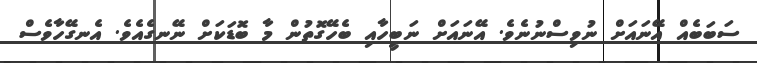
ސަބަބެއް އޭނައަށް ނުވިސްނުނެވެ. އޭނައަށް ނަބީހާއި ބެހޭގޮތުން މާ ބޮޑަކަށް ނޭނގެއެވެ. އެނގޭހާވެސް